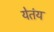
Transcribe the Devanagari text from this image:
येतंय